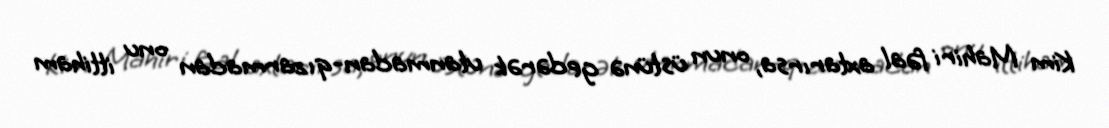
Kim Mahiri fəal axtarırsa, onun üstünə gedərək utanmadan-qızarmadan onu ittiham